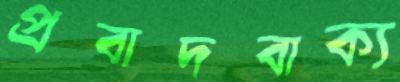
প্রবাদবাক্য